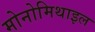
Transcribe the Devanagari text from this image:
मोनोमिथाइल